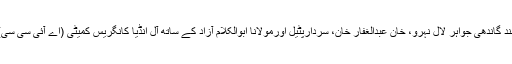
موہن داس کرم چند گاندھی جواہر لال نہرو، خان عبدالغفار خان، سردارپٹیل اورمولانا ابوالکلام آزاد کے ساتھ آل انڈیا کانگریس کمیٹی (اے آئی سی سی) کی میٹنگ میں۔